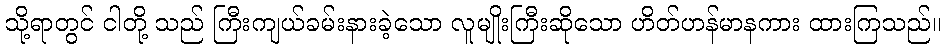
သို့ရာတွင် ငါတို့ သည် ကြီးကျယ်ခမ်းနားခဲ့သော လူမျိုးကြီးဆိုသော ဟိတ်ဟန်မာနကား ထားကြသည်။